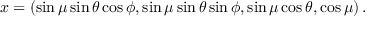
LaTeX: x = \left( \sin \mu \sin \theta \cos \phi , \sin \mu \sin \theta \sin \phi , \sin \mu \cos \theta , \cos \mu \right) .